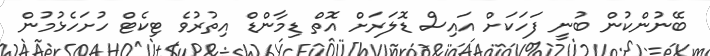
ބޭނުންކުން ބުނީ ފަހަކަށް އައިސް ޑޮލަރަށް އޮތް ޑިމާންޑް އިތުރުވެ ޓިކެޓް ހުށަހެޅުމުން